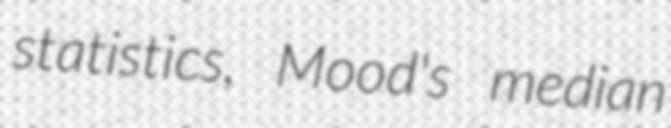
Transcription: statistics, Mood's median